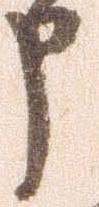
申